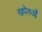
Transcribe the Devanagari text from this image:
खपेरुओं